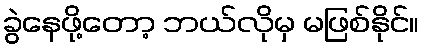
ခွဲနေဖို့တော့ ဘယ်လိုမှ မဖြစ်နိုင်။